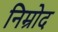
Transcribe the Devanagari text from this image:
निम्रोद